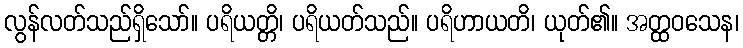
လွန်လတ်သည်ရှိသော်။ ပရိယတ္တိ၊ ပရိယတ်သည်။ ပရိဟာယတိ၊ ယုတ်၏။ အတ္ထဝသေန၊